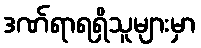
ဒဏ်ရာရရှိသူများမှာ